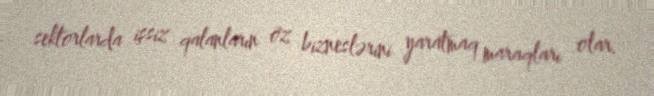
sektorlarda işsiz qalanların öz bizneslərini yaratmaq maraqları olar.